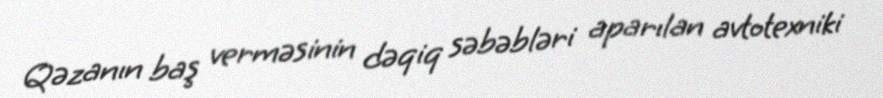
Qəzanın baş verməsinin dəqiq səbəbləri aparılan avtotexniki